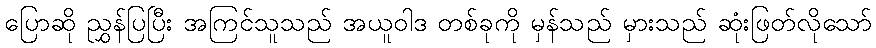
ပြောဆို ညွှန်ပြပြီး အကြင်သူသည် အယူဝါဒ တစ်ခုကို မှန်သည် မှားသည် ဆုံးဖြတ်လိုသော်